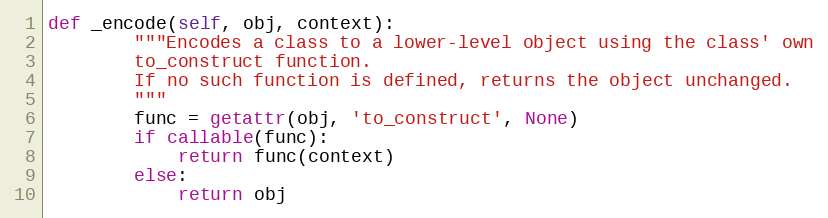
Language: Python
def _encode(self, obj, context):
        """Encodes a class to a lower-level object using the class' own
        to_construct function.
        If no such function is defined, returns the object unchanged.
        """
        func = getattr(obj, 'to_construct', None)
        if callable(func):
            return func(context)
        else:
            return obj